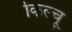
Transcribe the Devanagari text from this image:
किल्चू